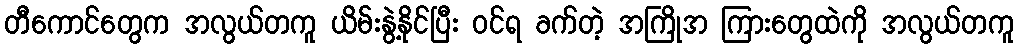
တီကောင်တွေက အလွယ်တကူ ယိမ်းနွဲ့နိုင်ပြီး ဝင်ရ ခက်တဲ့ အကြိုအ ကြားတွေထဲကို အလွယ်တကူ